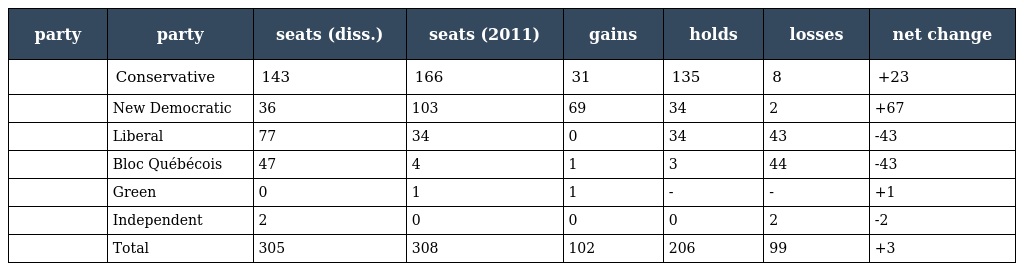
| party | party | seats (diss.) | seats (2011) | gains | holds | losses | net change |
 | --- | --- | --- | --- | --- | --- | --- | --- |
 |  | Conservative | 143 | 166 | 31 | 135 | 8 | +23 |
 |  | New Democratic | 36 | 103 | 69 | 34 | 2 | +67 |
 |  | Liberal | 77 | 34 | 0 | 34 | 43 | -43 |
 |  | Bloc Québécois | 47 | 4 | 1 | 3 | 44 | -43 |
 |  | Green | 0 | 1 | 1 | - | - | +1 |
 |  | Independent | 2 | 0 | 0 | 0 | 2 | -2 |
 |  | Total | 305 | 308 | 102 | 206 | 99 | +3 |